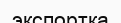
экспортқа